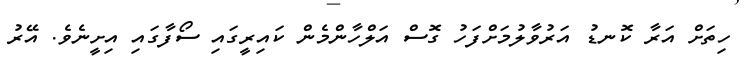
ހިތަށް އަރާ ކޮނޑު އަރުވާލުމަށްފަހު ގޮސް އަލްހާންމެން ކައިރީގައި ސޯފާގައި އިށީނެވެ. އޭރު